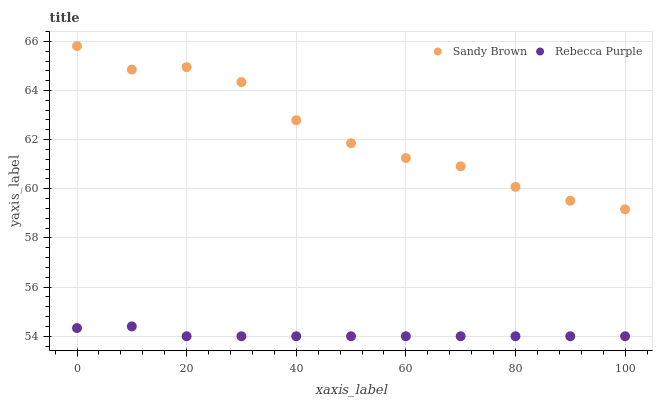
| xaxis_label | Sandy Brown | Rebecca Purple |
 | --- | --- | --- |
 | 0 | 65.8 | 54.3 |
 | 10 | 64.9 | 54.4 |
 | 20 | 65 | 54 |
 | 30 | 64.3 | 54 |
 | 40 | 62.8 | 54 |
 | 50 | 61.9 | 54 |
 | 60 | 61.3 | 54 |
 | 70 | 60.9 | 54 |
 | 80 | 60.1 | 54 |
 | 90 | 59.5 | 54 |
 | 100 | 59.2 | 54 |